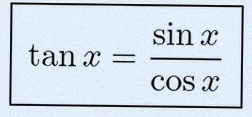
\tan x=\frac{\sin x}{\cos x}